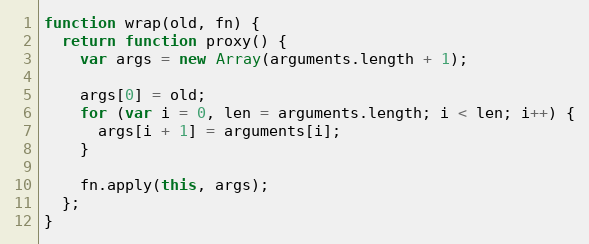
Language: JavaScript
function wrap(old, fn) {
  return function proxy() {
    var args = new Array(arguments.length + 1);

    args[0] = old;
    for (var i = 0, len = arguments.length; i < len; i++) {
      args[i + 1] = arguments[i];
    }

    fn.apply(this, args);
  };
}